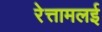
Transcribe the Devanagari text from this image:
रेत्तामलई